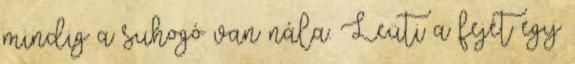
mindig a suhogó van nála. Leüti a fejét egy